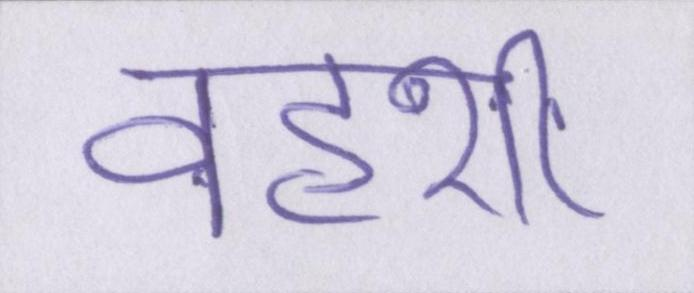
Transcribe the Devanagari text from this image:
वहशी